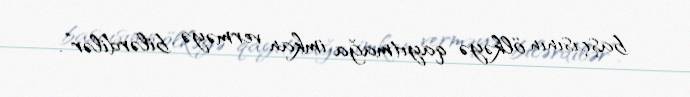
başçısının ölkəyə qayıtmağa imkan verməyə bilərdilər”.